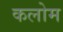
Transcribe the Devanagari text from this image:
कलोम